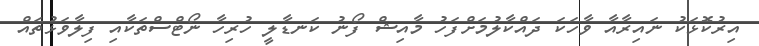
އިރުކޮޅަކު ނައިރާއާ ވާހަކަ ދައްކާލުމަށްފަހު މާއިޝް ފޯނު ކަނޑާލީ ހުރިހާ ނޯޓްސްތަކާއި ފިލާވަޅުތައް